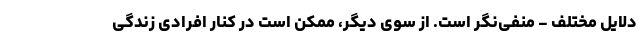
دلایل مختلف - منفی‌نگر است. از سوی دیگر، ممکن است در کنار افرادی زندگی